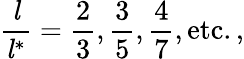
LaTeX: {\frac{\mathit{l}}{{\mathit{l}}^{*}}}={\frac{2}{3}},{\frac{3}{5}},{\frac{4}{7}},{\mathrm{etc.,}}